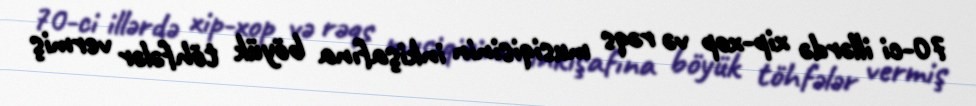
70-ci illərdə xip-xop və rəqs musiqisinin inkişafına böyük töhfələr vermiş